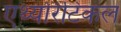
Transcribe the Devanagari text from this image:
एथ्योरेटिकल